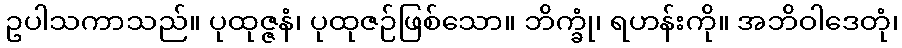
ဥပါသကာသည်။ ပုထုဇ္ဇနံ၊ ပုထုဇဉ်ဖြစ်သော။ ဘိက္ခုံ၊ ရဟန်းကို။ အဘိဝါဒေတုံ၊